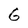
Character: 6